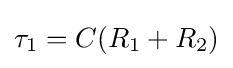
\tau _{1}=C(R_{1}+R_{2})